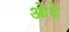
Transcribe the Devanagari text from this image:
ओदे